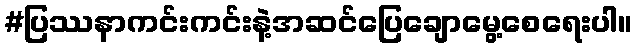
#ပြဿနာကင်းကင်းနဲ့အဆင်ပြေချောမွေ့စေရေးပါ။